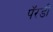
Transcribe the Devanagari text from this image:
पॅरडी